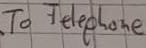
Text: To Telephone